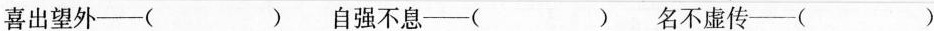
喜出望外—( ) 自强不息—( ) 名不虚传—( )